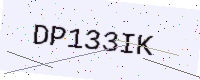
Text: DP133IK